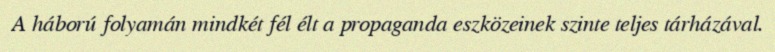
A háború folyamán mindkét fél élt a propaganda eszközeinek szinte teljes tárházával.